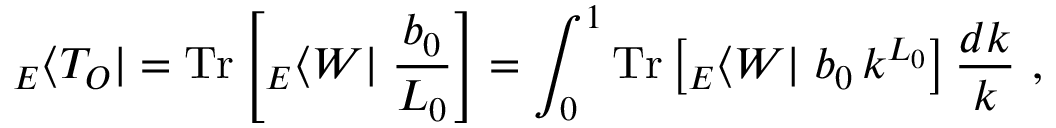
\; { } _ { E } \langle T _ { O } | = \mathrm { T r } \left[ { } _ { E } \langle W | \; \frac { b _ { 0 } } { L _ { 0 } } \right] = \int _ { 0 } ^ { 1 } \mathrm { T r } \left[ { } _ { E } \langle W | \; b _ { 0 } \, k ^ { L _ { 0 } } \right] \frac { d k } { k } ~ ,